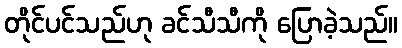
တိုင်ပင်သည်ဟု ခင်သီသီကို ပြောခဲ့သည်။